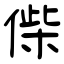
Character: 偨